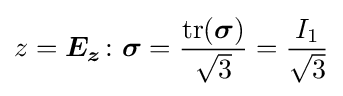
z={\boldsymbol {E_{z}}}\colon {\boldsymbol {\sigma }}={\frac {\mathrm {tr} ({\boldsymbol {\sigma }})}{\sqrt {3}}}={\frac {I_{1}}{\sqrt {3}}}